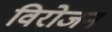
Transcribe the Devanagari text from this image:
विरोजन